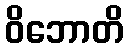
ဝိဘောတိ